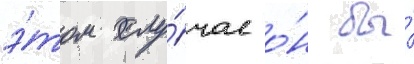
э́том слу́чае о́н бы́